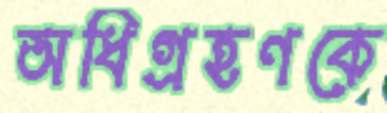
অধিগ্রহণকে